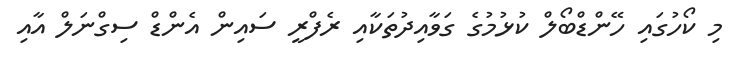
މި ކޯހުގައި ހޭންޑްބޯލް ކުޅުމުގެ ގަވާއިދުތަކާއި ރެފްރީ ސައިން އެންޑް ސިގްނަލް އާއި